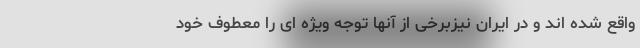
واقع شده اند و در ایران نیزبرخی از آنها توجه ویژه ای را معطوف خود